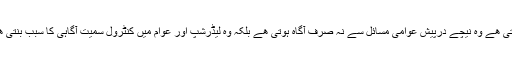
وہ قیادت جو محنت سے اوپر آتی ھے وہ نیچے درپیش عوامی مسائل سے نہ صرف آگاہ ہوتی ھے بلکہ وہ لیڈرشپ اور عوام میں کنٹرول سمیت آگاہی کا سبب بنتی ھے جو اس مُلک میں ناپید ھے۔